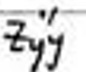
$z_{yy}''$